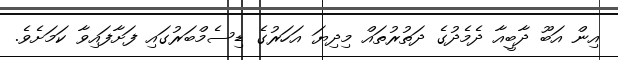
އިން އަބޫ ދާބީއާ ދެމެދުގެ ދަތުރުތައް މިދިޔަ އަހަރުގެ ޑިސެމްބަރުގައި ފަށާފައިވާ ކަމަށެވެ.